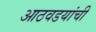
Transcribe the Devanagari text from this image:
आठवडयांची